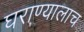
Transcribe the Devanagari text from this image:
घराण्यालाच